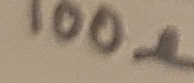
Text: 100Ω